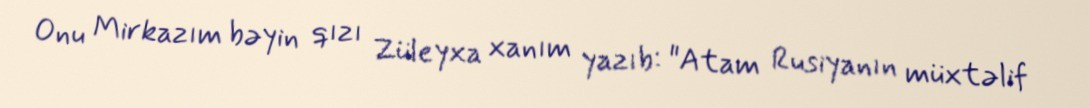
Onu Mirkazım bəyin qızı Züleyxa xanım yazıb: "Atam Rusiyanın müxtəlif